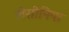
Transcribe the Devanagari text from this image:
लेसीनिया